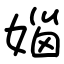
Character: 㛴